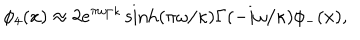
LaTeX: \phi _ { 4 } ( x ) \approx 2 e ^ { \pi \omega / \kappa } \sinh ( \pi \omega / \kappa ) \Gamma ( - i \omega / \kappa ) \phi _ { - } ( x ) ,